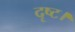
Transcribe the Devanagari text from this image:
दृष्ट।